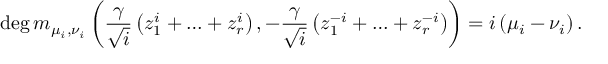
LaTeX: \deg m _ { \mu _ { i } , \nu _ { i } } \left( \frac { \gamma } { \sqrt { i } } \left( z _ { 1 } ^ { i } + \ldots + z _ { r } ^ { i } \right) , - \frac { \gamma } { \sqrt { i } } \left( z _ { 1 } ^ { - i } + \ldots + z _ { r } ^ { - i } \right) \right) = i \left( \mu _ { i } - \nu _ { i } \right) .